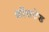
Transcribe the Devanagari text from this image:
क्रोंसटेड